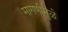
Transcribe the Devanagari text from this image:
मागणीमुळे